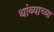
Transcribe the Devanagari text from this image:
थांब्याच्या